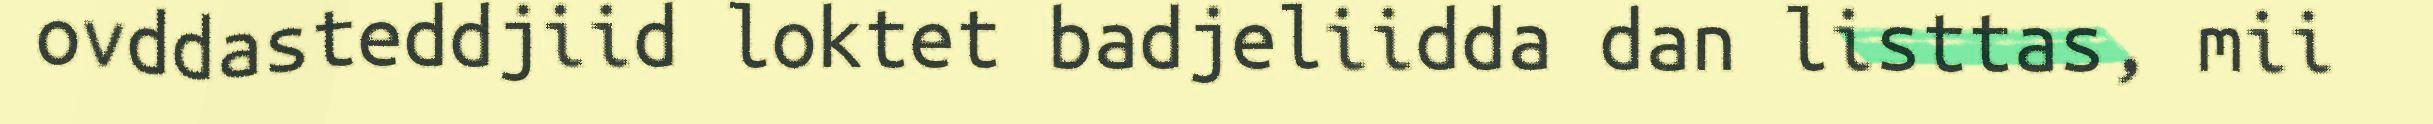
ovddasteddjiid loktet badjeliidda dan listtas, mii